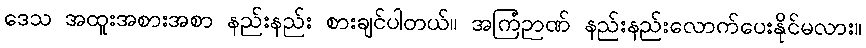
ဒေသ အထူးအစားအစာ နည်းနည်း စားချင်ပါတယ်။ အကြံဉာဏ် နည်းနည်းလောက်ပေးနိုင်မလား။